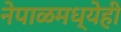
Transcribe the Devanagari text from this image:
नेपाळमध्येही